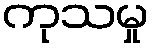
ကုသမှု